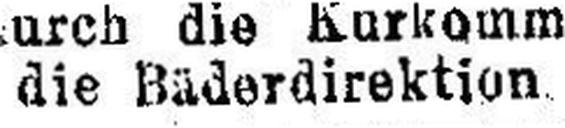
die Bäderdirektion